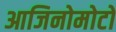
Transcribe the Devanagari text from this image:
आजिनोमोटो